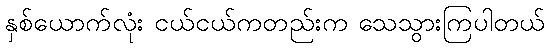
နှစ်ယောက်လုံး ငယ်ငယ်ကတည်းက သေသွားကြပါတယ်